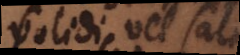
solidi, vel saltem